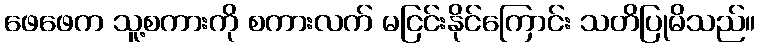
ဖေဖေက သူ့စကားကို စကားလက် မငြင်းနိုင်ကြောင်း သတိပြုမိသည်။